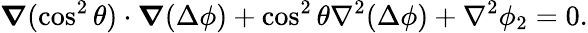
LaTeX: \boldsymbol{\nabla}(\cos^{2}\theta)\cdot\boldsymbol{\nabla}(\Delta\phi)+\cos^{2}\theta\nabla^{2}(\Delta\phi)+\nabla^{2}\phi_{2}=0.